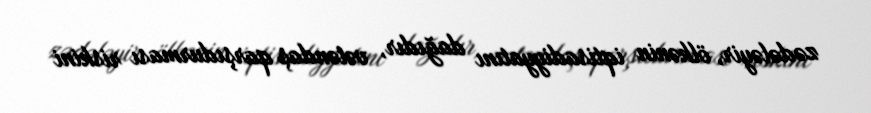
zədələyir, ölkənin iqtisadiyyatını dağıdır, vətəndaş qarşıdurması riskini